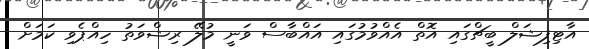
އާޓިފިޝަލް ބީޗްގައި އޮތް އެއްވުމުގައި އައްބާސް ވަނީ މުލޭ ރިޝްވަތު ހިއްޕެވި ކަމަށް